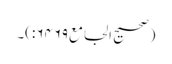
(صحیح الجامع۶۴۶۹:)۔